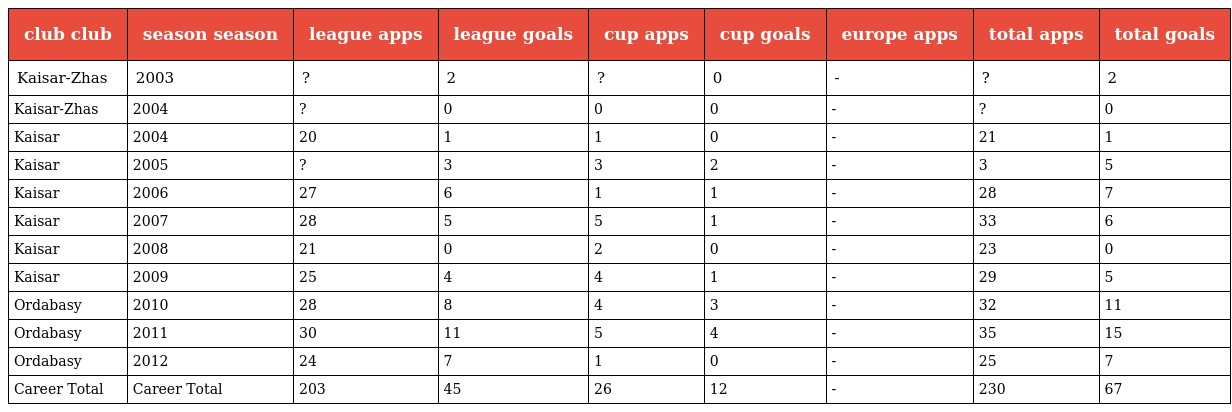
| club club | season season | league apps | league goals | cup apps | cup goals | europe apps | total apps | total goals |
 | --- | --- | --- | --- | --- | --- | --- | --- | --- |
 | Kaisar-Zhas | 2003 | ? | 2 | ? | 0 | - | ? | 2 |
 | Kaisar-Zhas | 2004 | ? | 0 | 0 | 0 | - | ? | 0 |
 | Kaisar | 2004 | 20 | 1 | 1 | 0 | - | 21 | 1 |
 | Kaisar | 2005 | ? | 3 | 3 | 2 | - | 3 | 5 |
 | Kaisar | 2006 | 27 | 6 | 1 | 1 | - | 28 | 7 |
 | Kaisar | 2007 | 28 | 5 | 5 | 1 | - | 33 | 6 |
 | Kaisar | 2008 | 21 | 0 | 2 | 0 | - | 23 | 0 |
 | Kaisar | 2009 | 25 | 4 | 4 | 1 | - | 29 | 5 |
 | Ordabasy | 2010 | 28 | 8 | 4 | 3 | - | 32 | 11 |
 | Ordabasy | 2011 | 30 | 11 | 5 | 4 | - | 35 | 15 |
 | Ordabasy | 2012 | 24 | 7 | 1 | 0 | - | 25 | 7 |
 | Career Total | Career Total | 203 | 45 | 26 | 12 | - | 230 | 67 |